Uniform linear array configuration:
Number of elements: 64
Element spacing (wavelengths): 0.5
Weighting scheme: hann
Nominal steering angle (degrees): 60
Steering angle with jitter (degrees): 59.844
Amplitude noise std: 0.05
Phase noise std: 0.05

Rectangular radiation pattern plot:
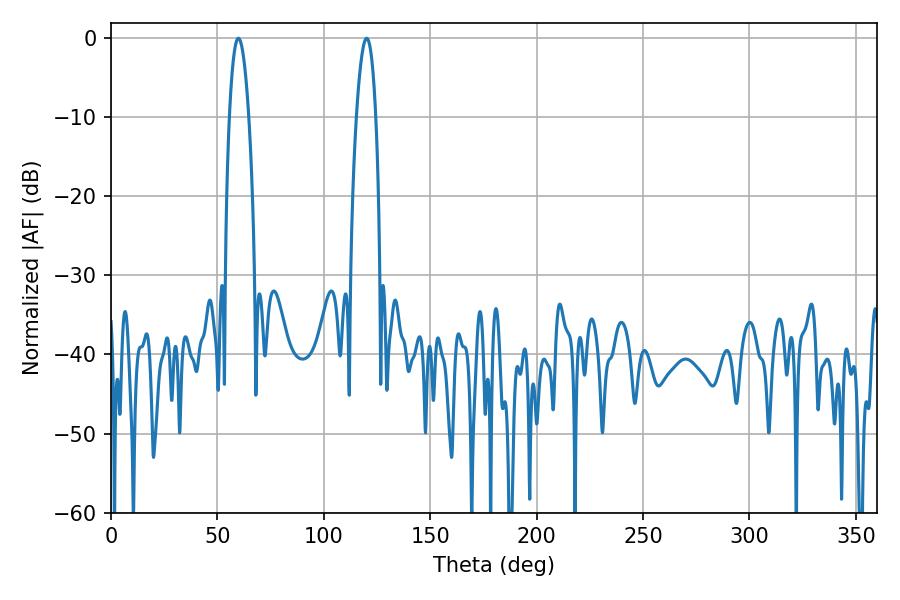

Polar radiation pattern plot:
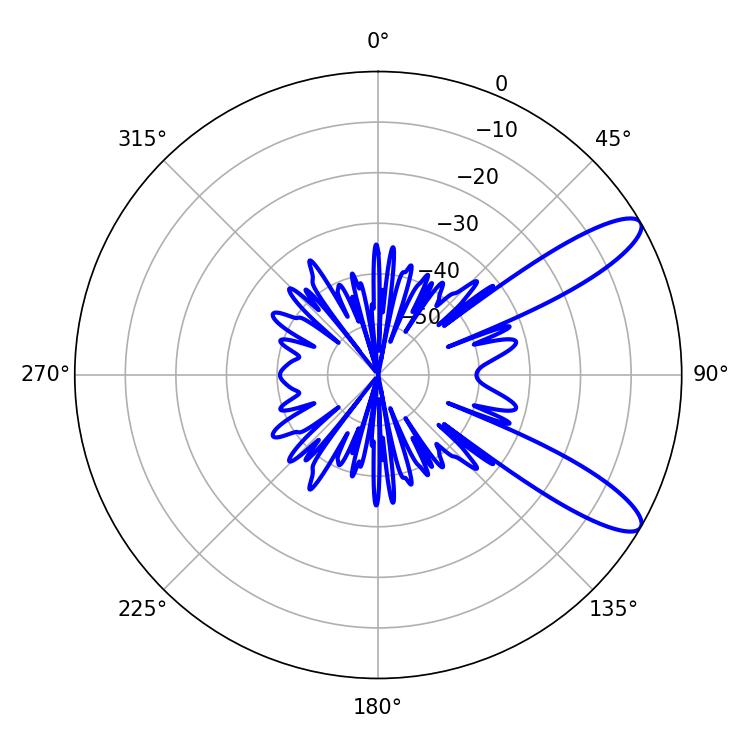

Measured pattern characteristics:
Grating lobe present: FALSE
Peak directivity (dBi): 10.85
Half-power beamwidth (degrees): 5.04
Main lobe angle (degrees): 59.94